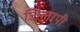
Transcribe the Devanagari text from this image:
जिलापी